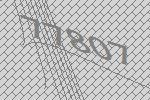
77807